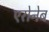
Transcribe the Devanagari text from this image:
एरोनेब